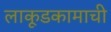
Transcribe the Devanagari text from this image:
लाकूडकामाची